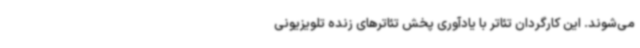
می‌شوند. این کارگردان تئاتر با یادآوری پخش تئاترهای زنده تلویزیونی